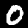
Label: 0